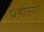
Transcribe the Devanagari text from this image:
शिंगजियांग